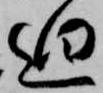
廻